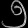
Digit: ၅